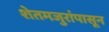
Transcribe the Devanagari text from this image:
शेतमजुरांपासून